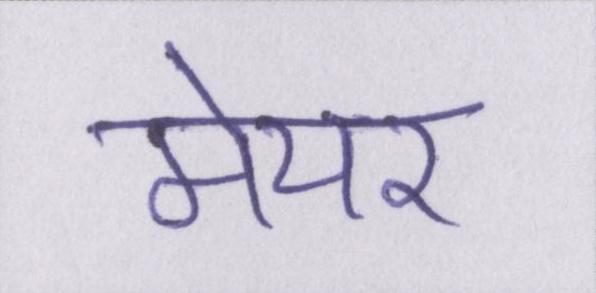
मेयर